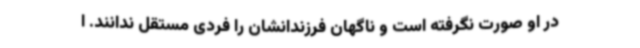
در او صورت نگرفته است و ناگهان فرزندانشان را فردی مستقل ندانند. ا